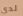
لدي